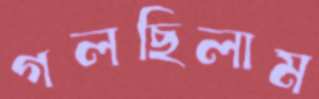
গলছিলাম